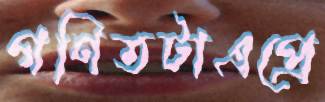
গণিতটাএপ্রে